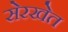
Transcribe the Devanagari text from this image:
सेरखेत